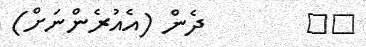
١٧        ދެން (އެއުރެންނަށް)